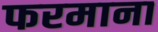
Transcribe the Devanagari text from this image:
फरमाना